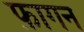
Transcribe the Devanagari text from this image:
फ़ागन